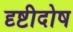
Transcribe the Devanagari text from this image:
दृष्टीदोष